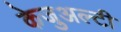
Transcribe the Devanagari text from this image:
केजुअल्टी